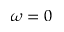
\omega = 0